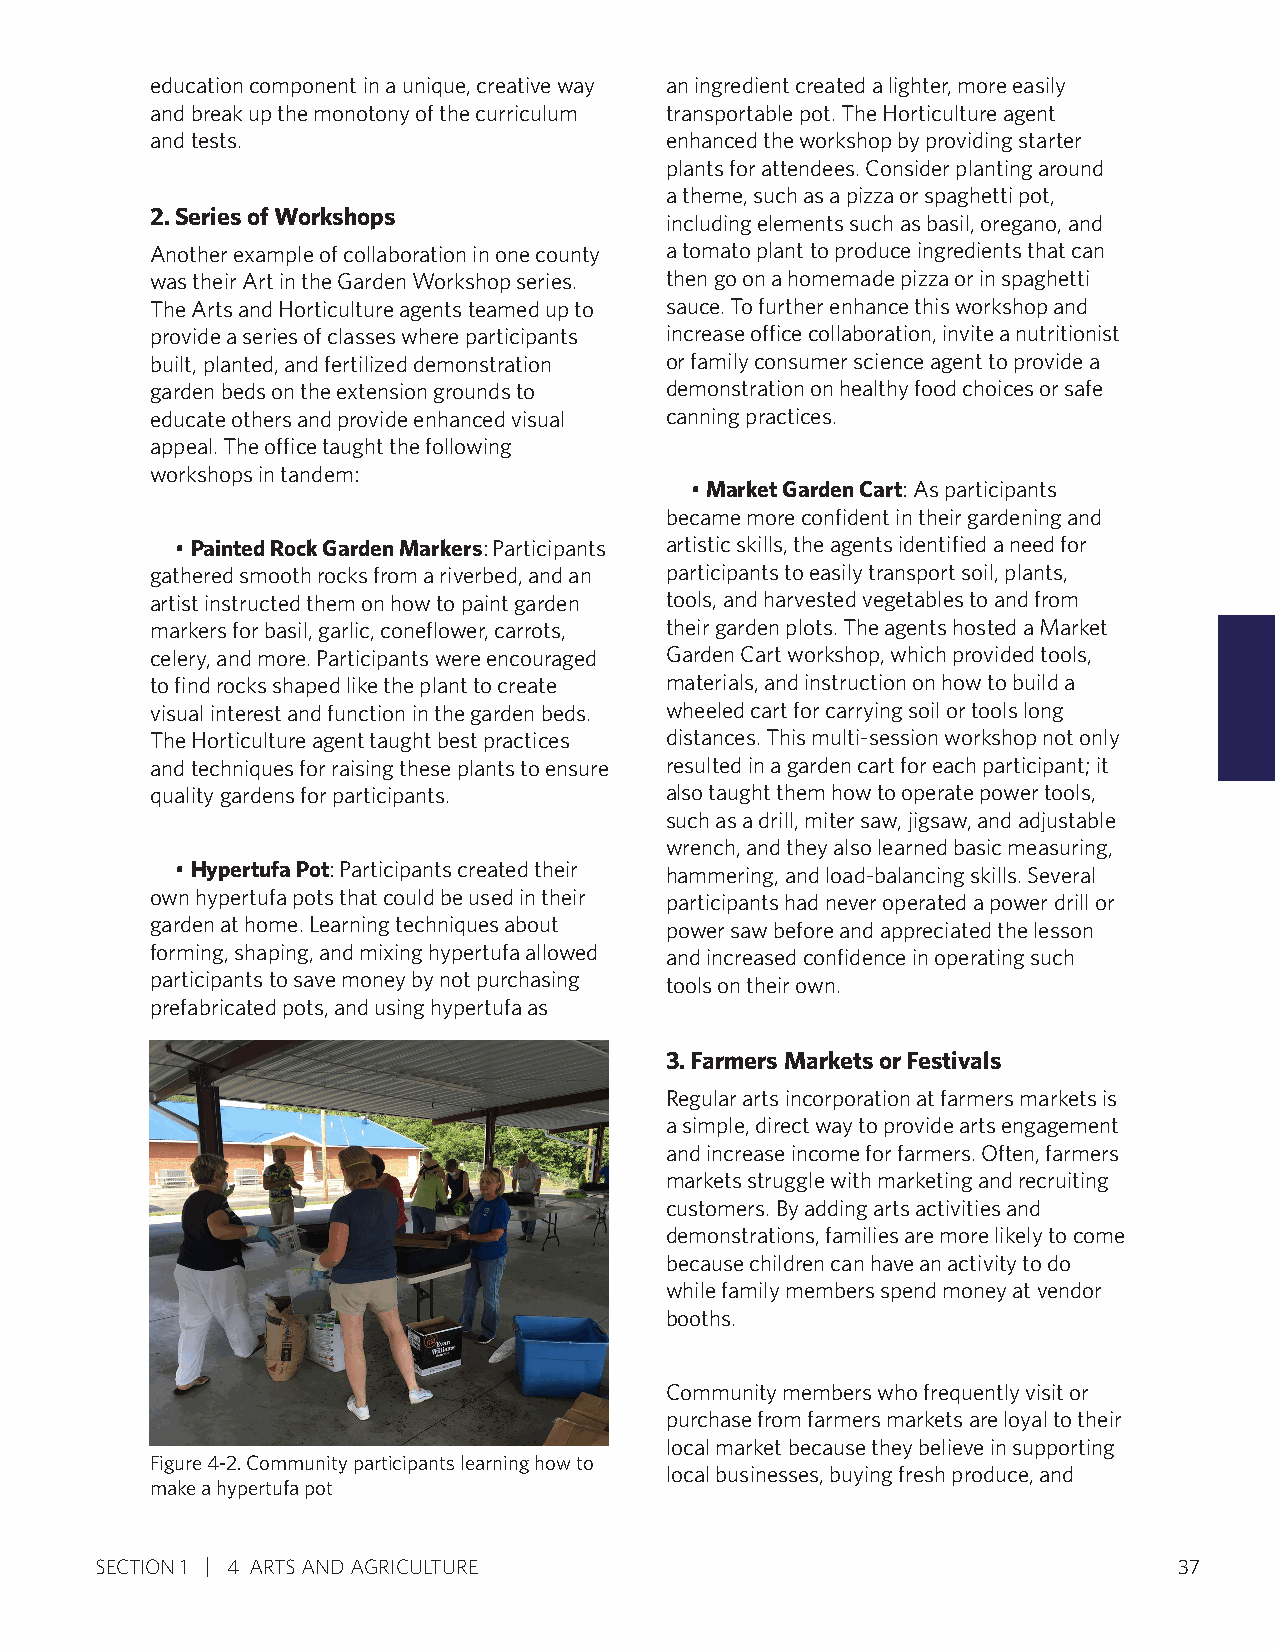
education component in a unique, creative way an ingredient created a lighter, more easily
 and break up the monotony of the curriculum transportable pot. The Horticulture agent
 and tests.                        enhanced the workshop by providing starter
 plants for attendees. Consider planting around
 a theme, such as a pizza or spaghetti pot,
 2. Series of Workshops
 including elements such as basil, oregano, and
 Another example of collaboration in one county a tomato plant to produce ingredients that can
 was their Art in the Garden Workshop series. then go on a homemade pizza or in spaghetti
 The Arts and Horticulture agents teamed up to sauce. To further enhance this workshop and
 provide a series of classes where participants increase office collaboration, invite a nutritionist
 built, planted, and fertilized demonstration or family consumer science agent to provide a
 garden beds on the extension grounds to demonstration on healthy food choices or safe
 educate others and provide enhanced visual canning practices.
 appeal. The office taught the following
 workshops in tandem:
 • Market Garden Cart: As participants
 became more confident in their gardening and
 • Painted Rock Garden Markers: Participants artistic skills, the agents identified a need for
 gathered smooth rocks from a riverbed, and an participants to easily transport soil, plants,
 artist instructed them on how to paint garden tools, and harvested vegetables to and from
 markers for basil, garlic, coneflower, carrots, their garden plots. The agents hosted a Market
 celery, and more. Participants were encouraged Garden Cart workshop, which provided tools,
 to find rocks shaped like the plant to create materials, and instruction on how to build a
 visual interest and function in the garden beds. wheeled cart for carrying soil or tools long
 The Horticulture agent taught best practices distances. This multi-session workshop not only
 and techniques for raising these plants to ensure resulted in a garden cart for each participant; it
 quality gardens for participants. also taught them how to operate power tools,
 such as a drill, miter saw, jigsaw, and adjustable
 wrench, and they also learned basic measuring,
 • Hypertufa Pot: Participants created their hammering, and load-balancing skills. Several
 own hypertufa pots that could be used in their participants had never operated a power drill or
 garden at home. Learning techniques about power saw before and appreciated the lesson
 forming, shaping, and mixing hypertufa allowed and increased confidence in operating such
 participants to save money by not purchasing tools on their own.
 prefabricated pots, and using hypertufa as
 3. Farmers Markets or Festivals
 Regular arts incorporation at farmers markets is
 a simple, direct way to provide arts engagement
 and increase income for farmers. Often, farmers
 markets struggle with marketing and recruiting
 customers. By adding arts activities and
 demonstrations, families are more likely to come
 because children can have an activity to do
 while family members spend money at vendor
 booths.
 Community members who frequently visit or
 purchase from farmers markets are loyal to their
 local market because they believe in supporting
 Figure 4-2. Community participants learning how to
 local businesses, buying fresh produce, and
 make a hypertufa pot
 SECTION 1 4 ARTS AND AGRICULTURE                                        37